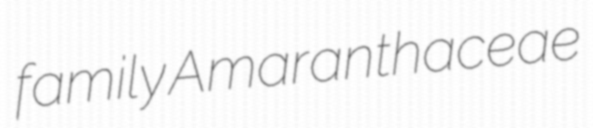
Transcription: family Amaranthaceae